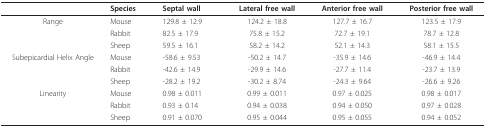
|  | Species | Septal wall | Lateral free wall | Anterior free wall | Posterior free wall |
 | --- | --- | --- | --- | --- | --- |
 | Range | Mouse | 129.8 ± 12.9 | 124.2 ± 18.8 | 127.7 ± 16.7 | 123.5 ± 17.9 |
 |  | Rabbit | 82.5 ± 17.9 | 75.8 ± 15.2 | 72.7 ± 19.1 | 78.7 ± 12.8 |
 |  | Sheep | 59.5 ± 16.1 | 58.2 ± 14.2 | 52.1 ± 14.3 | 58.1 ± 15.5 |
 | Subepicardial Helix Angle | Mouse | -58.6 ± 9.53 | -50.2 ± 14.7 | -35.9 ± 14.6 | -46.9 ± 14.4 |
 |  | Rabbit | -42.6 ± 14.9 | -29.9 ± 14.6 | -27.7 ± 11.4 | -23.7 ± 13.9 |
 |  | Sheep | -28.2 ± 19.2 | -30.2 ± 8.74 | -24.3 ± 9.64 | -26.6 ± 9.26 |
 | Linearity | Mouse | 0.98 ± 0.011 | 0.99 ± 0.011 | 0.97 ± 0.025 | 0.98 ± 0.017 |
 |  | Rabbit | 0.93 ± 0.14 | 0.94 ± 0.038 | 0.94 ± 0.050 | 0.97 ± 0.028 |
 |  | Sheep | 0.91 ± 0.070 | 0.95 ± 0.044 | 0.95 ± 0.055 | 0.94 ± 0.052 |